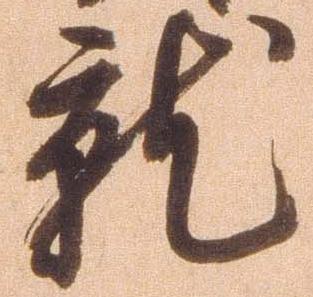
就